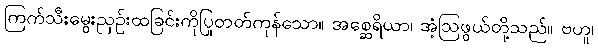
ကြက်သီးမွေးညှဉ်းထခြင်းကိုပြုတတ်ကုန်သော။ အစ္ဆေရိယာ၊ အံ့ဩဖွယ်တို့သည်။ ဗဟူ၊